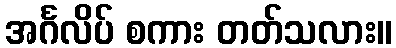
အင်္ဂလိပ် စကား တတ်သလား။